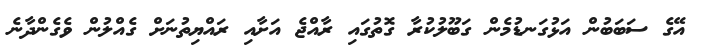
އޭގެ ސަބަބުން އަޅުގަނޑުމެން ގަބޫލުކުރާ ގޮތުގައި ރާއްޖެ އަށާއި ރައްޔިތުނަށް ގެއްލުން ވެގެންދާނެ